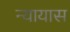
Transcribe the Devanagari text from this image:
न्यायास